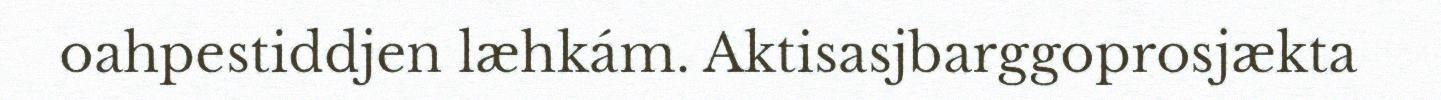
oahpestiddjen læhkám. Aktisasjbarggoprosjækta